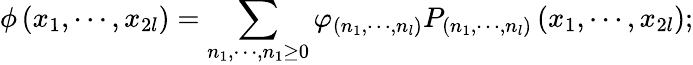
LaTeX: \phi\left(x_{1},\cdots,x_{2l}\right)=\sum_{n_{1},\cdots,n_{1}\geq 0}\varphi_{\left(n_{1},\cdots,n_{l}\right)}P_{\left(n_{1},\cdots,n_{l}\right)}\left(x_{1},\cdots,x_{2l}\right);